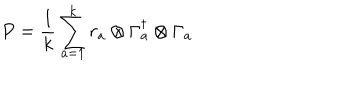
P = \frac { 1 } { k } \sum _ { a = 1 } ^ { k } r _ { a } \otimes \Gamma _ { a } ^ { \dagger } \otimes \Gamma _ { a }